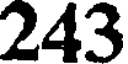
243